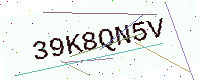
Text: 39K8QN5V